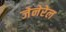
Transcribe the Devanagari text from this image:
जेनेरेल